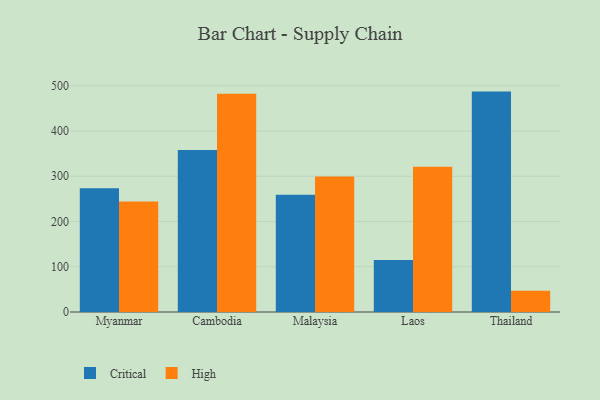
{"axis": {"x": "Country", "y": "LTV (USD)"}, "legend": ["Critical", "High"], "data": [{"x": "Myanmar", "y": 273.3, "type": "Critical"}, {"x": "Myanmar", "y": 244.3, "type": "High"}, {"x": "Cambodia", "y": 358.3, "type": "Critical"}, {"x": "Cambodia", "y": 482.6, "type": "High"}, {"x": "Malaysia", "y": 259.0, "type": "Critical"}, {"x": "Malaysia", "y": 299.2, "type": "High"}, {"x": "Laos", "y": 115.2, "type": "Critical"}, {"x": "Laos", "y": 321.0, "type": "High"}, {"x": "Thailand", "y": 487.1, "type": "Critical"}, {"x": "Thailand", "y": 46.8, "type": "High"}]}